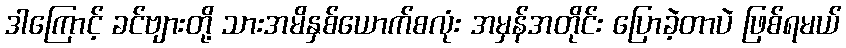
ဒါကြောင့် ခင်ဗျားတို့ သားအမိနှစ်ယောက်စလုံး အမှန်အတိုင်း ပြောခဲ့တာပဲ ဖြစ်ရမယ်